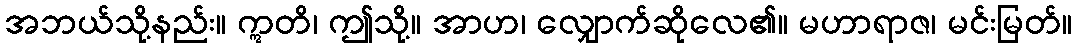
အဘယ်သို့နည်း။ ဣတိ၊ ဤသို့။ အာဟ၊ လျှောက်ဆိုလေ၏။ မဟာရာဇ၊ မင်းမြတ်။